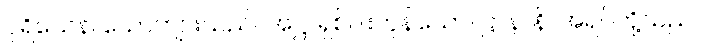
ပုရိသေန၊ ယောကျ်ားသည်။ အဋ္ဌ၊ ရှစ်ပါးကုန်သော။ ဋ္ဌာနာနိ၊ အရပ်တို့သည်။